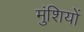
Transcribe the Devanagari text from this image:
मुंशियों